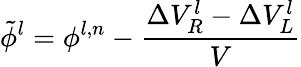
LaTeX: \tilde{\phi}^{l}=\phi^{l,n}-\frac{\Delta V_{R}^{l}-\Delta V_{L}^{l}}{V}